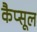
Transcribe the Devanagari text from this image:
कैप्‍सूल